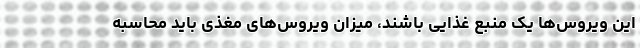
این ویروس‌ها یک منبع غذایی باشند، میزان ویروس‌های مغذی باید محاسبه